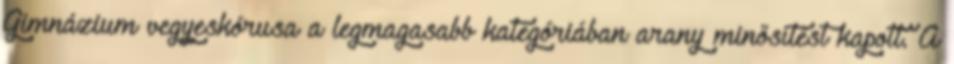
Gimnázium vegyeskórusa a legmagasabb kategóriában arany minősítést kapott. A